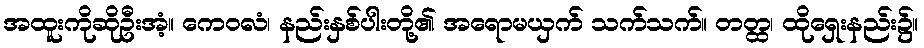
အထူးကိုဆိုဦးအံ့။ ကေဝလံ၊ နည်းနှစ်ပါးတို့၏ အရောမယှက် သက်သက်။ တတ္ထ၊ ထိုရှေးနည်း၌။